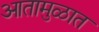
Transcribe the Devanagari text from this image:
आतामुळात